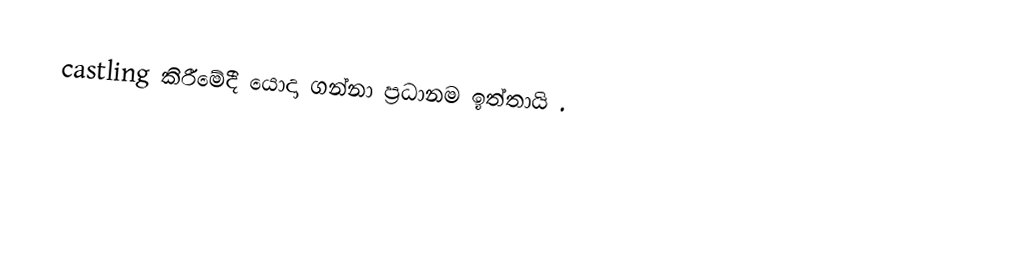
castling කිරීමේදී යොදා ගන්නා ප්‍රධානම ඉත්තායි .